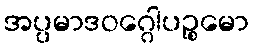
အပ္ပမာဒဝဂ္ဂေါပဉ္စမော